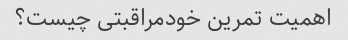
اهمیت تمرین خودمراقبتی چیست؟